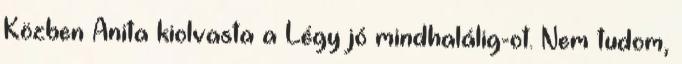
Közben Anita kiolvasta a Légy jó mindhalálig-ot. Nem tudom,